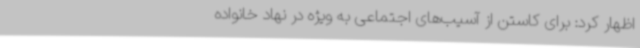
اظهار کرد: برای کاستن از آسیب‌های اجتماعی به ویژه در نهاد خانواده